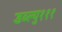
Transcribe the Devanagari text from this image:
डब्ल्यु१११